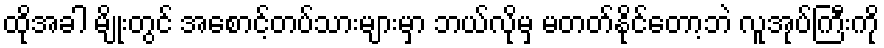
ထိုအခါ မျိုးတွင် အစောင့်တပ်သားများမှာ ဘယ်လိုမှ မတတ်နိုင်တော့ဘဲ လူအုပ်ကြီးကို